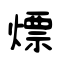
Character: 熛